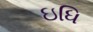
ઇધિ